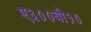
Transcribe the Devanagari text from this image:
ए३००बी१०